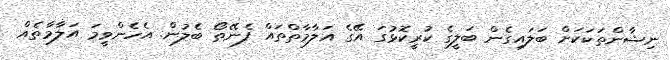
ނިޝާންތަކަކަށް ބަަލައިގެން ބަލީގެ ކުރީކޮޅުގަ އޭގެ އަލާމާތްތައް ފެނޭތޯ ބެލުން. އެހެންވީމަ އަލާމާތެއް